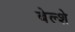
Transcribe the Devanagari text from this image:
बेल्शे